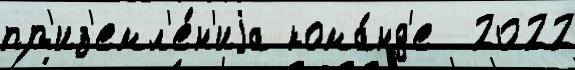
пр'из'емл'е́н'иjа кома́нд'е  2022